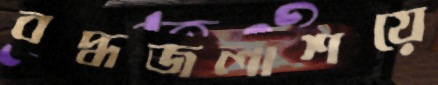
বদ্ধজলাশয়ে